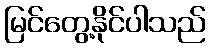
မြင်တွေ့နိုင်ပါသည်